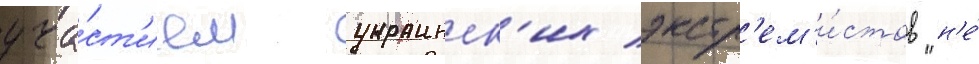
уча́ст'ием украинск'их экстр'ем'и́стов "н'е́